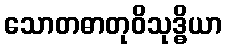
သောတဓာတုဝိသုဒ္ဓိယာ